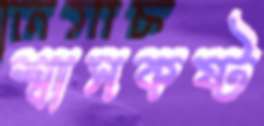
শ্বাসকষ্ট